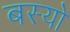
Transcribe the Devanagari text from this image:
बस्‍यो